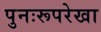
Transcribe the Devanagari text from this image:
पुनःरूपरेखा